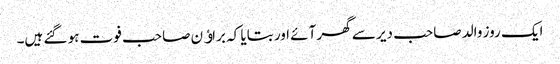
ایک روز والد صاحب دیر سے گھر آئے اور بتایا کہ براﺅن صاحب فوت ہو گئے ہیں۔